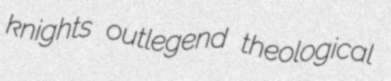
knights outlegend theological